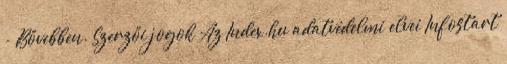
- Bővebben. Szerzői jogok Az Index.hu adatvédelmi elvei Infostart